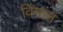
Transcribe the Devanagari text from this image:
विमांन